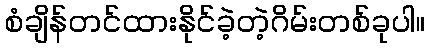
စံချိန်တင်ထားနိုင်ခဲ့တဲ့ဂိမ်းတစ်ခုပါ။